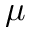
\mu